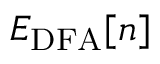
E _ { \mathrm { D F A } } [ n ]